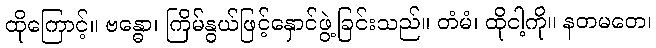
ထိုကြောင့်။ ဗန္ဓော၊ ကြိမ်နွယ်ဖြင့်နှောင်ဖွဲ့ခြင်းသည်။ တံမံ၊ ထိုငါ့ကို။ နတမတေ၊